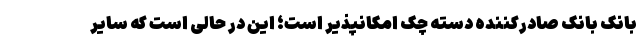
بانک بانکِ صادرکننده دسته چک امکانپذیر است؛ این در حالی است که سایر